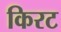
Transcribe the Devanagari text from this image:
किरट